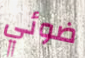
ضوئي